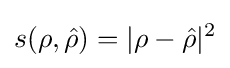
s(\rho ,{\hat {\rho }})=|\rho -{\hat {\rho }}|^{2}